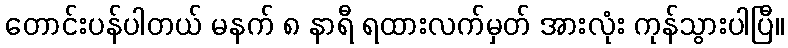
တောင်းပန်ပါတယ် မနက် ၈ နာရီ ရထားလက်မှတ် အားလုံး ကုန်သွားပါပြီ။